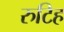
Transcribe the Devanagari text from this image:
रुटिह